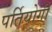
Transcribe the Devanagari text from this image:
पर्तियोगी